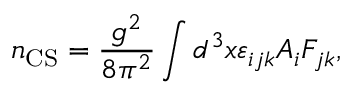
n _ { \mathrm { C S } } = { \frac { g ^ { 2 } } { 8 \pi ^ { 2 } } } \int d ^ { 3 } x \varepsilon _ { i j k } A _ { i } F _ { j k } ,